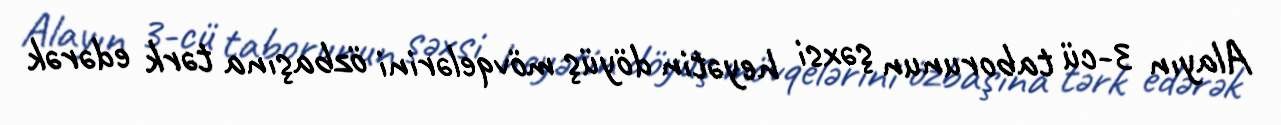
Alayın 3-cü taborunun şəxsi heyətin döyüş mövqelərini özbaşına tərk edərək